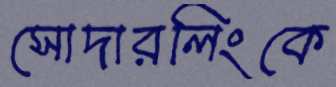
সোদারলিংকে